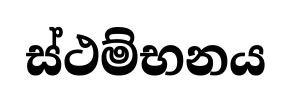
ස්ථම්භනය